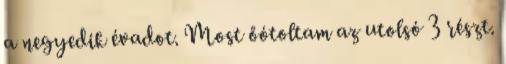
a negyedik évadot. Most őótoltam az utolsó 3 részt.